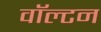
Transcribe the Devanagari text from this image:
वाॅल्टन